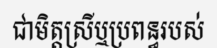
ជាមិត្តស្រីឬប្រពន្ធរបស់